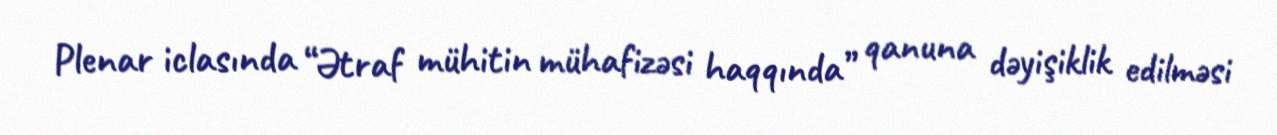
Plenar iclasında “Ətraf mühitin mühafizəsi haqqında” qanuna dəyişiklik edilməsi